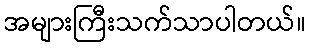
အများကြီးသက်သာပါတယ်။